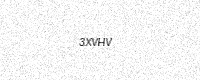
Text: 3XVHV